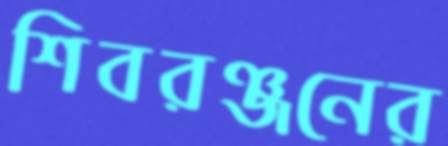
শিবরঞ্জনের